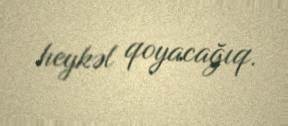
heykəl qoyacağıq.